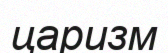
царизм